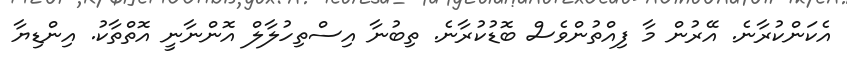
އެކަންކުރާނެ. އޭރުން މާ ފިއްތުންވެސް ބޮޑުކުރާނެ. ތިބުނާ އިސްތިހުލާލް އޮންނާނީ އޮތްތާކު. އިންޑިޔާ